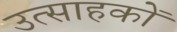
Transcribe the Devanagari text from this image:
उत्साहकों